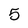
Character: 5